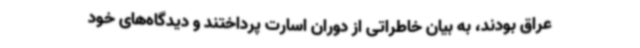
عراق بودند، به بیان خاطراتی از دوران اسارت پرداختند و دیدگاه‌های خود